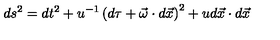
d s ^ { 2 } = d t ^ { 2 } + u ^ { - 1 } \left( d \tau + \vec { \omega } \cdot d \vec { x } \right) ^ { 2 } + u d \vec { x } \cdot d \vec { x }